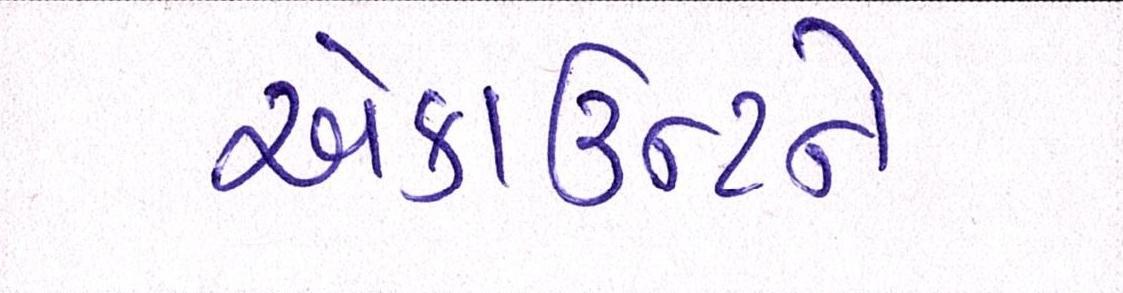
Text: એકાઉન્ટને